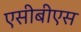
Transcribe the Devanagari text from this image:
एसीबीएस